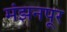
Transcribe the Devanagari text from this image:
मंझनपूर